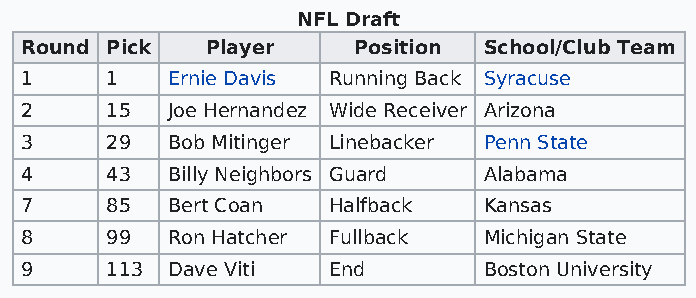
NFL Draft
 Round Pick   Player   Position School/Club Team
 1     1   Ernie Davis Running Back Syracuse
 2     15  Joe Hernandez Wide Receiver Arizona
 3     29  Bob Mitinger Linebacker Penn State
 4     43  Billy Neighbors Guard Alabama
 7     85  Bert Coan  Halfback  Kansas
 8     99  Ron Hatcher Fullback Michigan State
 9     113 Dave Viti  End       Boston University